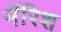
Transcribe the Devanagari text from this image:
मॅरिश